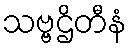
သဗ္ဗဌိတီနံ